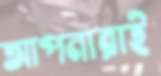
আপনারাই